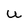
Character: U